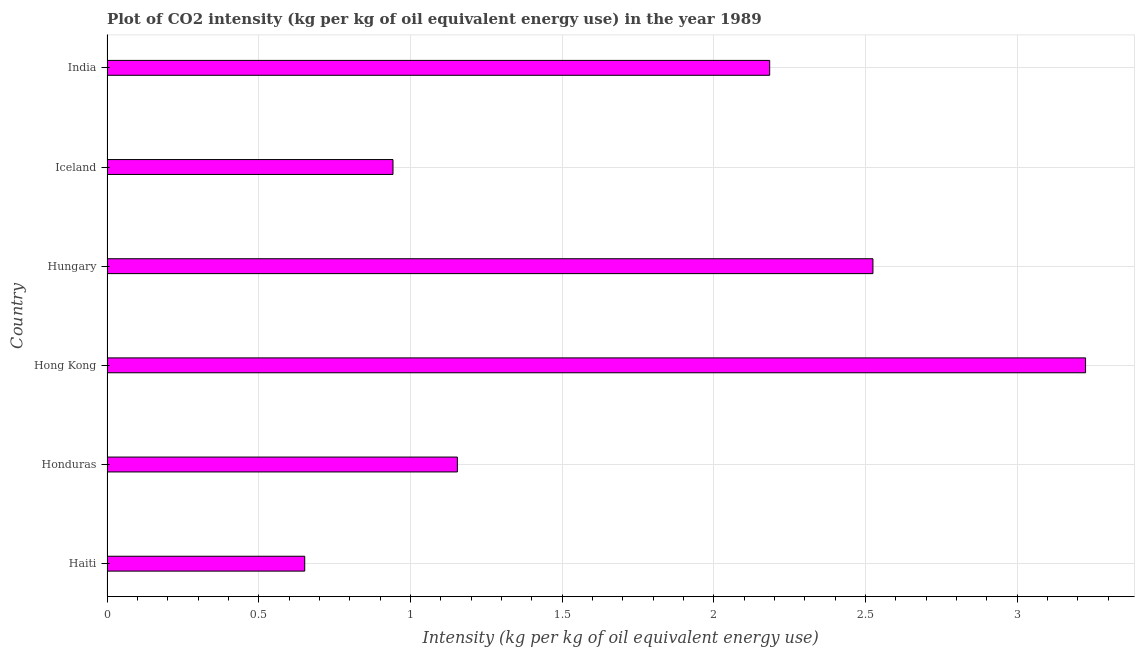
| Country | CO2 intensity |
 | --- | --- |
 | Haiti | 0.652 |
 | Honduras | 1.16 |
 | Hong Kong | 3.23 |
 | Hungary | 2.53 |
 | Iceland | 0.943 |
 | India | 2.18 |